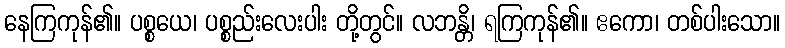
နေကြကုန်၏။ ပစ္စယေ၊ ပစ္စည်းလေးပါး တို့တွင်။ လဘန္တိ၊ ရကြကုန်၏။ ဧကော၊ တစ်ပါးသော။